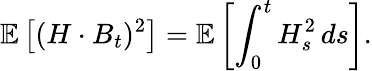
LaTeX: \mathbb{E}\left[(H\cdot B_{t})^{2}\right]=\mathbb{E}\left[\int_{0}^{t}H_{s}^{2}\, ds\right].